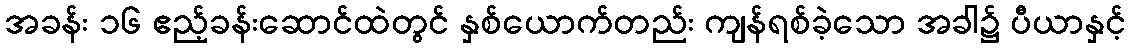
အခန်း ၁၆ ဧည့်ခန်းဆောင်ထဲတွင် နှစ်ယောက်တည်း ကျန်ရစ်ခဲ့သော အခါ၌ ပီယာနှင့်